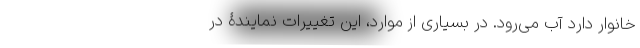
خانوار دارد آب می‌رود. در بسیاری از موارد، این تغییرات نمایندۀ در